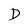
Character: D